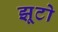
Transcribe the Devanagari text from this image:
झूटो